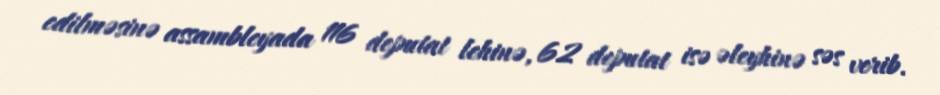
edilməsinə assambleyada 116 deputat lehinə, 62 deputat isə əleyhinə səs verib.